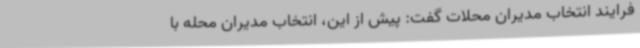
فرایند انتخاب مدیران محلات گفت: پیش از این، انتخاب مدیران محله با